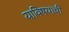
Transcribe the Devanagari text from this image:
याविषयाची